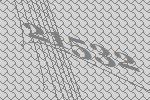
21532